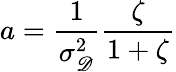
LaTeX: a=\frac{1}{\sigma_{\mathscr D}^{2}}\frac{\zeta}{1+\zeta}